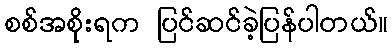
စစ်အစိုးရက ပြင်ဆင်ခဲ့ပြန်ပါတယ်။